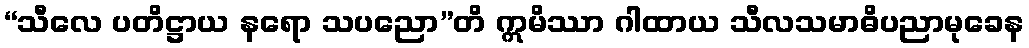
“သီလေ ပတိဋ္ဌာယ နရော သပညော”တိ ဣမိဿာ ဂါထာယ သီလသမာဓိပညာမုခေန